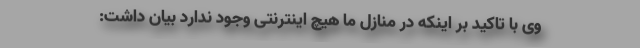
وی با تاکید بر اینکه در منازل ما هیچ اینترنتی وجود ندارد بیان داشت: